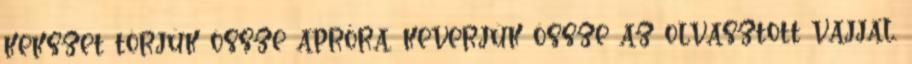
kekszet törjük össze apróra, keverjük össze az olvasztott vajjal.